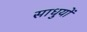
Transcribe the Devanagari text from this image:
साधुयों